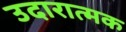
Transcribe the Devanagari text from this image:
उदारात्मक